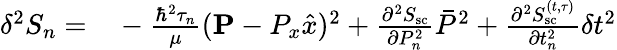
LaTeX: \begin{array}{rl}{\delta^{2}S_{n}=}&{{}-\frac{\hbar^{2}\tau_{n}}{\mu}({\mathbf P}-P_{x}\hat{x})^{2}+\frac{\partial^{2}S_{\mathrm{sc}}}{\partial P_{n}^{2}}\bar{P}^{2}+\frac{\partial^{2}S_{\mathrm{sc}}^{(t,\tau)}}{\partial t_{n}^{2}}\delta t^{2}}\end{array}